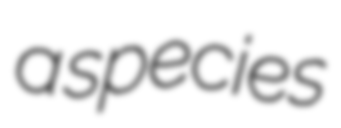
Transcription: a species